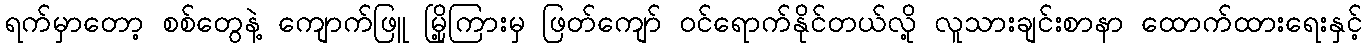
ရက်မှာတော့ စစ်တွေနဲ့ ကျောက်ဖြူ မြို့ကြားမှ ဖြတ်ကျော် ဝင်ရောက်နိုင်တယ်လို့ လူသားချင်းစာနာ ထောက်ထားရေးနှင့်